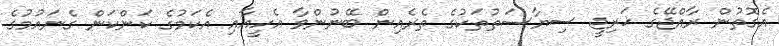
އެގޮތުން ރާއްޖޭގެ ޚަރިޖީ ސިޔާސަތުތަކުގެ ތެރެއިން ބޭނުންވާ އެހީއާއި އެކަމުގެ ކަންކަން ގެނައުމުގެ